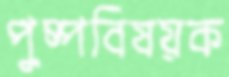
পুষ্পবিষয়ক